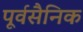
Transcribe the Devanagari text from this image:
पूर्वसैनिक